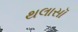
થલાસૉ